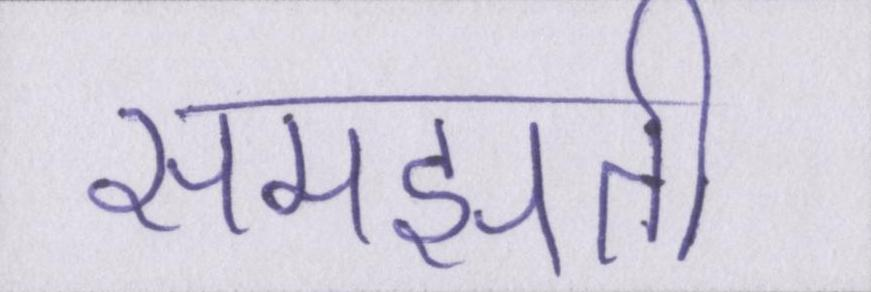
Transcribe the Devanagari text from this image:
समझती